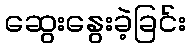
ဆွေးနွေးခဲ့ခြင်း